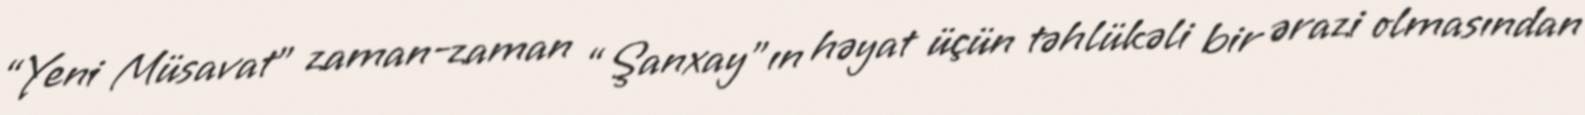
“Yeni Müsavat” zaman-zaman “Şanxay”ın həyat üçün təhlükəli bir ərazi olmasından